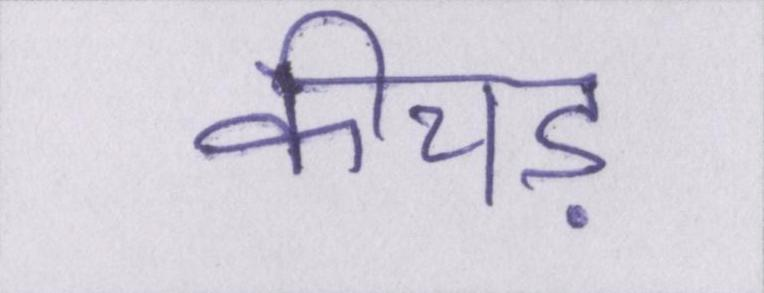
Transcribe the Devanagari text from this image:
कीचड़